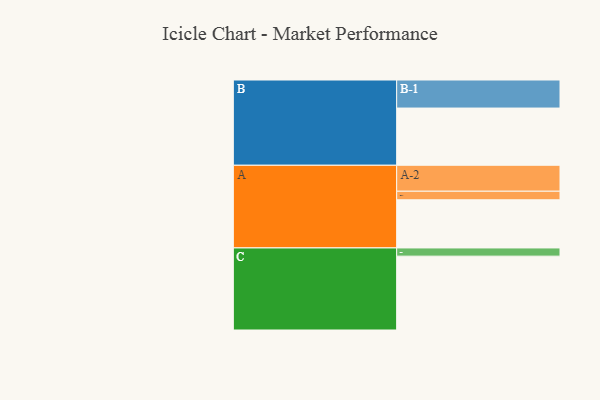
{"axis": {"x": "Segment", "y": "Value"}, "legend": ["", "A", "B", "C"], "data": [{"x": "A", "y": 388, "type": ""}, {"x": "B", "y": 461, "type": ""}, {"x": "C", "y": 595, "type": ""}, {"x": "A-1", "y": 69, "type": "A"}, {"x": "A-2", "y": 209, "type": "A"}, {"x": "B-1", "y": 226, "type": "B"}, {"x": "C-1", "y": 66, "type": "C"}]}